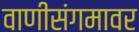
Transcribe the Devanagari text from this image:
वाणीसंगमावर